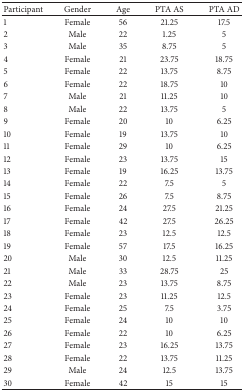
<table><thead><tr><td><b>Participant</b></td><td><b>Gender</b></td><td><b>Age</b></td><td><b>PTA AS</b></td><td><b>PTA AD</b></td></tr></thead><tbody><tr><td>1</td><td>Female</td><td>56</td><td> 21.25</td><td>17.5</td></tr><tr><td>2</td><td>Male</td><td>22</td><td>1.25</td><td>5</td></tr><tr><td>3</td><td>Male</td><td>35</td><td>8.75</td><td>5</td></tr><tr><td>4</td><td>Female</td><td>21</td><td>23.75</td><td>18.75</td></tr><tr><td>5</td><td>Female</td><td>22</td><td>13.75</td><td>8.75</td></tr><tr><td>6</td><td>Female</td><td>22</td><td>18.75</td><td>10</td></tr><tr><td>7</td><td>Male</td><td>21</td><td>11.25</td><td>10</td></tr><tr><td>8</td><td>Male</td><td>22</td><td>13.75</td><td>5</td></tr><tr><td>9</td><td>Female</td><td>20</td><td>10</td><td>6.25</td></tr><tr><td>10</td><td>Female</td><td>19</td><td>13.75</td><td>10</td></tr><tr><td>11</td><td>Female</td><td>29</td><td>10</td><td>6.25</td></tr><tr><td>12</td><td>Female</td><td>23</td><td>13.75</td><td>15</td></tr><tr><td>13</td><td>Female</td><td>19</td><td>16.25</td><td>13.75</td></tr><tr><td>14</td><td>Female</td><td>22</td><td>7.5</td><td>5</td></tr><tr><td>15</td><td>Female</td><td>26</td><td>7.5</td><td>8.75</td></tr><tr><td>16</td><td>Female</td><td>24</td><td>27.5</td><td>21.25</td></tr><tr><td>17</td><td>Female</td><td>42</td><td>27.5</td><td>26.25</td></tr><tr><td>18</td><td>Female</td><td>23</td><td>12.5</td><td>12.5</td></tr><tr><td>19</td><td>Female</td><td>57</td><td>17.5</td><td>16.25</td></tr><tr><td>20</td><td>Male</td><td>30</td><td>12.5</td><td>11.25</td></tr><tr><td>21</td><td>Male</td><td>33</td><td>28.75</td><td>25</td></tr><tr><td>22</td><td>Male</td><td>23</td><td>13.75</td><td>8.75</td></tr><tr><td>23</td><td>Female</td><td>23</td><td>11.25</td><td>12.5</td></tr><tr><td>24</td><td>Female</td><td>25</td><td>7.5</td><td>3.75</td></tr><tr><td>25</td><td>Female</td><td>24</td><td>10</td><td>10</td></tr><tr><td>26</td><td>Female</td><td>22</td><td>10</td><td>6.25</td></tr><tr><td>27</td><td>Female</td><td>23</td><td>16.25</td><td>13.75</td></tr><tr><td>28</td><td>Female</td><td>22</td><td>13.75</td><td>11.25</td></tr><tr><td>29</td><td>Male</td><td>24</td><td>12.5</td><td>13.75</td></tr><tr><td>30</td><td>Female</td><td>42</td><td>15</td><td>15</td></tr></tbody></table>